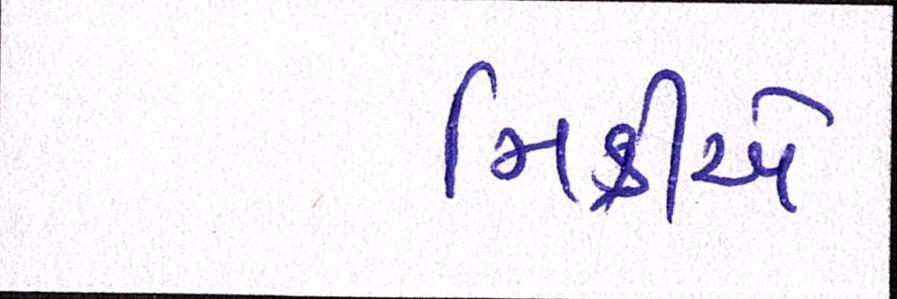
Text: મિક્રીએ